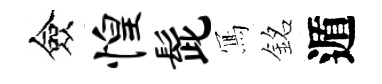
僉惶髭𭂁銘遁